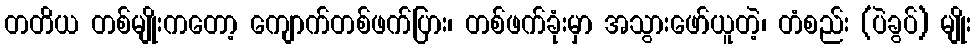
တတိယ တစ်မျိုးကတော့ ကျောက်တစ်ဖက်ပြား၊ တစ်ဖက်ခုံးမှာ အသွားဖော်ယူတဲ့၊ တံစည်း (ပဲခွပ်) မျိုး